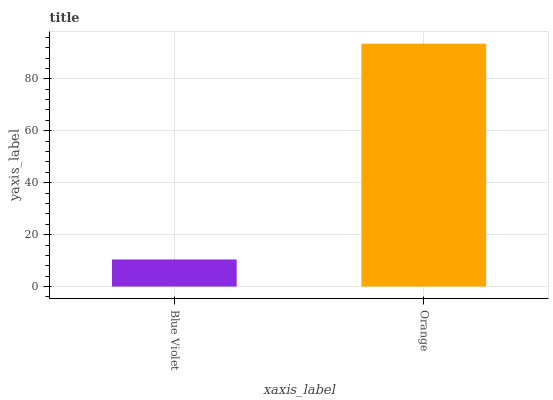
| xaxis_label | bars |
 | --- | --- |
 | Blue Violet | 10.4 |
 | Orange | 93.5 |